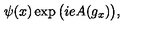
\psi ( x ) \exp { \big ( i e A ( g _ { x } ) \big ) } ,